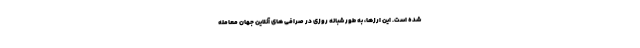
شده است. این ارزها، به طور شبانه روزی در صرافی های آنلاین جهان معامله